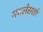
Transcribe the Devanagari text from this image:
गजलेसाठी